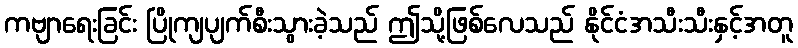
ကဗျာရေးခြင်း ပြိုကျပျက်စီးသွားခဲ့သည် ဤသို့ဖြစ်လေသည် နိုင်ငံအသီးသီးနှင့်အတူ